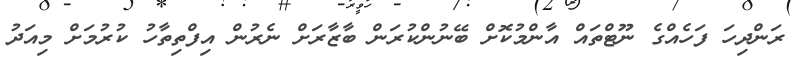
ރަންދިހަ ފަހެއްގެ ނޫޓްތައް އާންމުކޮށް ބޭނުންކުރަން ބާޒާރަށް ނެރުން އިފްތިތާހު ކުރުމަށް މިއަދު